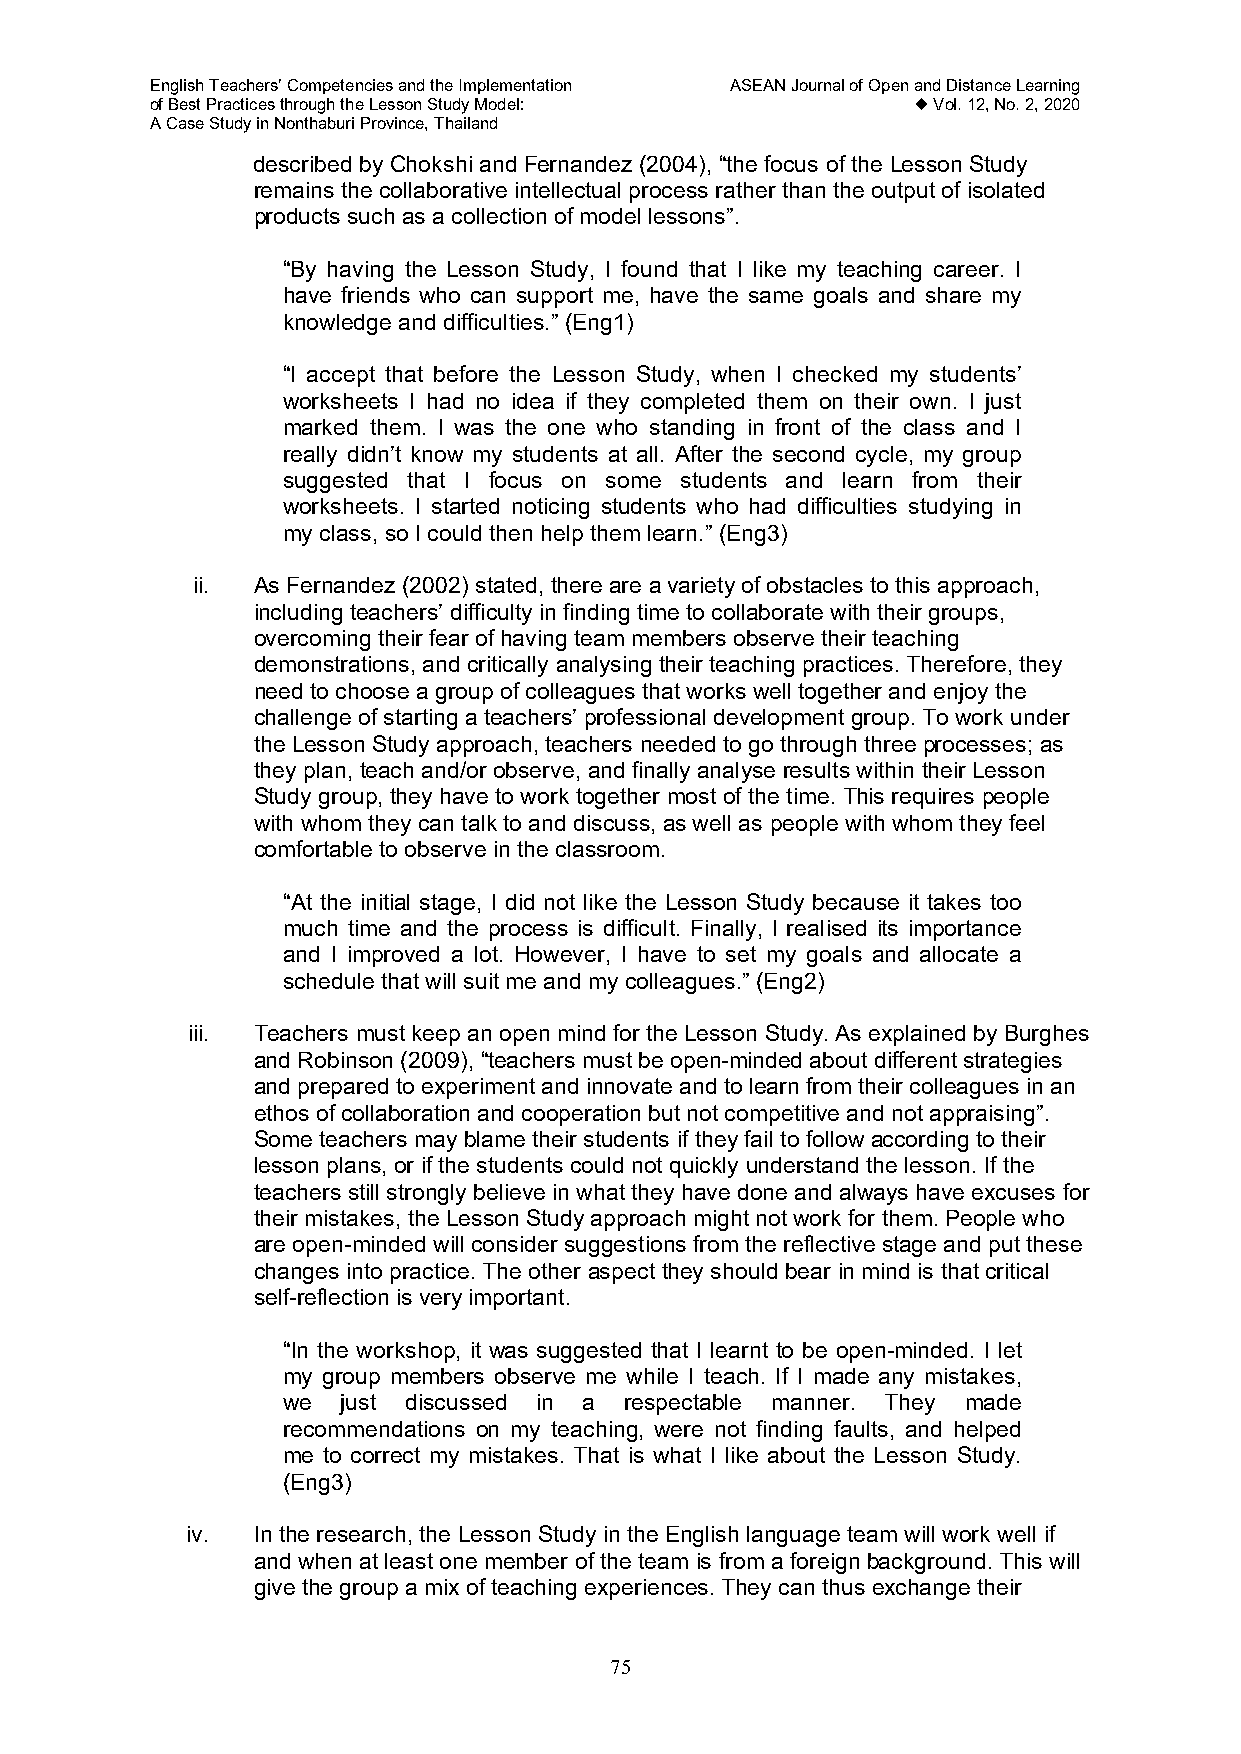
English Teachers’ Competencies and the Implementation ASEAN Journal of Open and Distance Learning
 of Best Practices through the Lesson Study Model:  Vol. 12, No. 2, 2020
 A Case Study in Nonthaburi Province, Thailand
 described by Chokshi and Fernandez (2004), “the focus of the Lesson Study
 remains the collaborative intellectual process rather than the output of isolated
 products such as a collection of model lessons”.
 “By having the Lesson Study, I found that I like my teaching career. I
 have friends who can support me, have the same goals and share my
 knowledge and difficulties.” (Eng1)
 “I accept that before the Lesson Study, when I checked my students’
 worksheets I had no idea if they completed them on their own. I just
 marked them. I was the one who standing in front of the class and I
 really didn’t know my students at all. After the second cycle, my group
 suggested that I focus on some students and learn from their
 worksheets. I started noticing students who had difficulties studying in
 my class, so I could then help them learn.” (Eng3)
 ii. As Fernandez (2002) stated, there are a variety of obstacles to this approach,
 including teachers’ difficulty in finding time to collaborate with their groups,
 overcoming their fear of having team members observe their teaching
 demonstrations, and critically analysing their teaching practices. Therefore, they
 need to choose a group of colleagues that works well together and enjoy the
 challenge of starting a teachers’ professional development group. To work under
 the Lesson Study approach, teachers needed to go through three processes; as
 they plan, teach and/or observe, and finally analyse results within their Lesson
 Study group, they have to work together most of the time. This requires people
 with whom they can talk to and discuss, as well as people with whom they feel
 comfortable to observe in the classroom.
 “At the initial stage, I did not like the Lesson Study because it takes too
 much time and the process is difficult. Finally, I realised its importance
 and I improved a lot. However, I have to set my goals and allocate a
 schedule that will suit me and my colleagues.” (Eng2)
 iii. Teachers must keep an open mind for the Lesson Study. As explained by Burghes
 and Robinson (2009), “teachers must be open-minded about different strategies
 and prepared to experiment and innovate and to learn from their colleagues in an
 ethos of collaboration and cooperation but not competitive and not appraising”.
 Some teachers may blame their students if they fail to follow according to their
 lesson plans, or if the students could not quickly understand the lesson. If the
 teachers still strongly believe in what they have done and always have excuses for
 their mistakes, the Lesson Study approach might not work for them. People who
 are open-minded will consider suggestions from the reflective stage and put these
 changes into practice. The other aspect they should bear in mind is that critical
 self-reflection is very important.
 “In the workshop, it was suggested that I learnt to be open-minded. I let
 my group members observe me while I teach. If I made any mistakes,
 we  just discussed in a respectable manner. They made
 recommendations on my teaching, were not finding faults, and helped
 me to correct my mistakes. That is what I like about the Lesson Study.
 (Eng3)
 iv.  In the research, the Lesson Study in the English language team will work well if
 and when at least one member of the team is from a foreign background. This will
 give the group a mix of teaching experiences. They can thus exchange their
 75